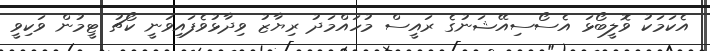
އެކަމަކު ވޮލީބޯޅަ އެސޯސިއޭޝަނުގެ ރައީސް މުހައްމަދު ރިޔާޒު ވިދާޅުވެފައިވަނީ ކޯޗު ޓީމުން ވަކިވީ